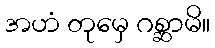
အဟံ တုမှေ ဂစ္ဆာမိ။